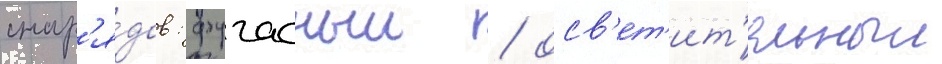
снар'я́дов: фугасныи / осв'ет'ит'ельныи